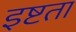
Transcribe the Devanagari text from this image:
इष्टता